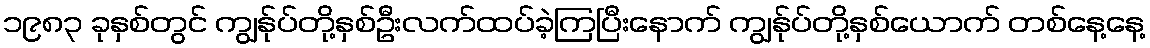
၁၉၈၃ ခုနှစ်တွင် ကျွန်ုပ်တို့နှစ်ဦးလက်ထပ်ခဲ့ကြပြီးနောက် ကျွန်ုပ်တို့နှစ်ယောက် တစ်နေ့နေ့